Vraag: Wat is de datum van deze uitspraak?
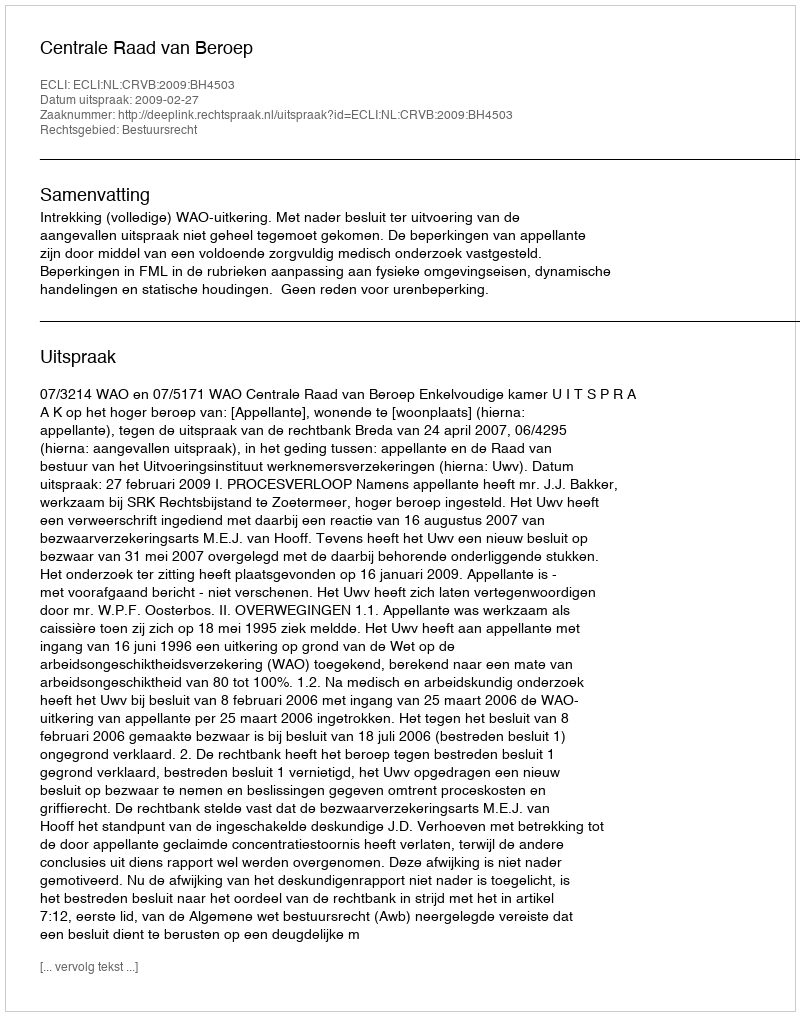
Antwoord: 2009-02-27